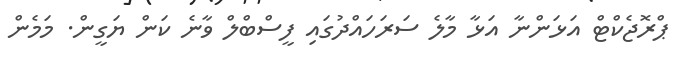
ޕްރޮޖެކްޓް އަޅަންނާ އަޅާ މާލެ ސަރަހައްދުގައި ފީސްބްލް ވާނެ ކަން ޔަގީން. މަމެން